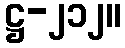
ဋ္ဌ-၂၁၂။